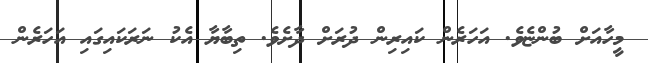
މީހާއަށް ބުންޏެވެ. އަހަރެން ކައިރިން ދުރަށް ދާށެވެ. ތިބާޔާ އެކު ނަރަކައިގައި އަހަރެން